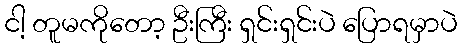
ငါ့ တူမကိုတော့ ဦးကြီး ရှင်းရှင်းပဲ ပြောရမှာပဲ